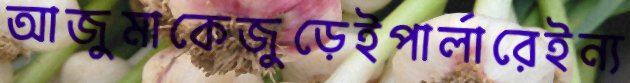
আজুমাকেজুড়েইপার্লারেইন্য